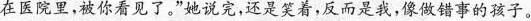
在医院里，被你看见了。”她说完，还是笑着，反而是我，像做错事的孩子。